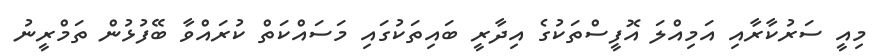
މިއީ ސަރުކާރާއި އަމިއްލަ އޮފީސްތަކުގެ އިދާރީ ބައިތަކުގައި މަސައްކަތް ކުރައްވާ ބޭފުޅުން ތަމްރީނު